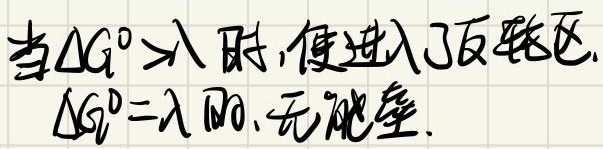
当$\Delta G^{0}>\lambda$ 时，便进入了反转区.
$\Delta G^{0}=\lambda$ 时，无能垒.